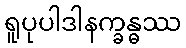
ရူပုပါဒါနက္ခန္ဓဿ